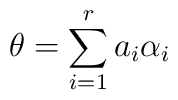
\theta=\sum_{i=1}^ra_i\alpha_i